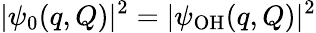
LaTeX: \vert\psi_{0}(q,Q)\vert^{2}=\vert\psi_{\mathrm{OH}}(q,Q)\vert^{2}